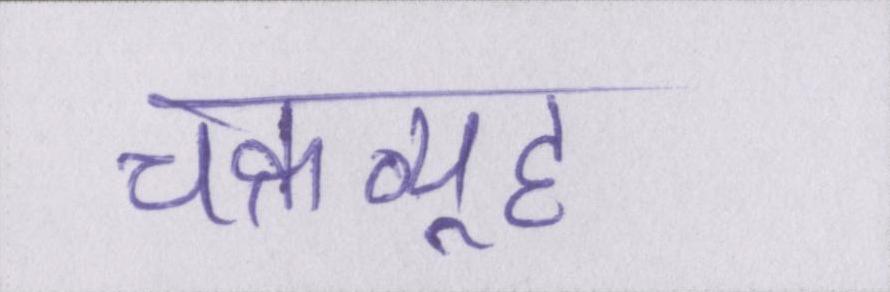
चक्रव्यूह